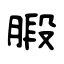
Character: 腶